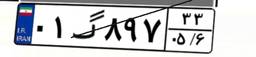
۰۱گ۸۹۷۳۳